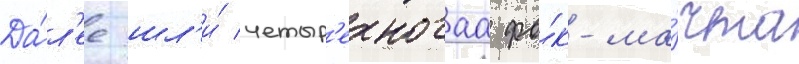
Да́л'ее шл'и́ четыр'ехногаа фо́к-ма́чта